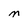
Character: M